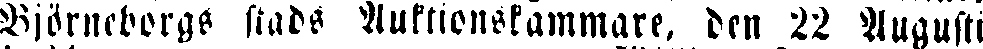
Björneborgs stads Auktionskammare, den 22 Augusti